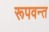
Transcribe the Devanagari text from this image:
रूपवन्त